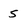
Character: 5